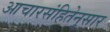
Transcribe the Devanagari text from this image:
आचारसंहितेनुसार